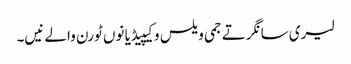
لیری سانگر تے جمی ویلس وکیپیڈیا نوں ٹورن والے نیں۔